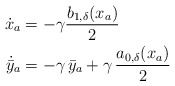
\begin{align*} \dot{{x}}_a &=-\gamma\dfrac{ b_{1,\delta}(x_a)}{2 }\\\dot{\bar{y}}_a & = -\gamma\, \bar{y}_a + \gamma\, \dfrac{a_{0, \delta}({x}_a)}{2}\end{align*}